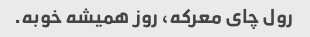
رول چای معرکه، روز همیشه خوبه.